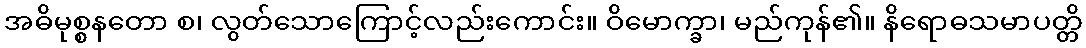
အဓိမုစ္စနတော စ၊ လွတ်သောကြောင့်လည်းကောင်း။ ဝိမောက္ခာ၊ မည်ကုန်၏။ နိရောဓသမာပတ္တိ